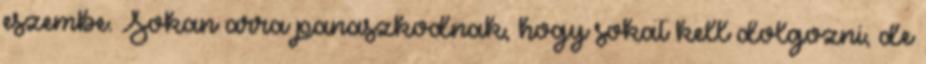
eszembe. Sokan arra panaszkodnak, hogy sokat kell dolgozni, de